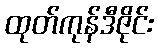
ထုတ်ကုန်ဒီဇိုင်း